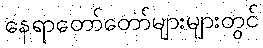
နေရာတော်တော်များများတွင်